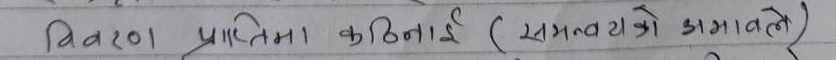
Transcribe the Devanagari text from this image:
विवरण प्राप्तिमा कठिनाई (समस्याको समाधानले)